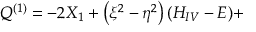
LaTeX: Q ^ { ( 1 ) } = - 2 X _ { 1 } + \left( \xi ^ { 2 } - \eta ^ { 2 } \right) ( H _ { I V } - E ) +